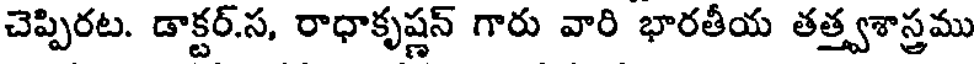
చెప్పిరట. డాక్టర్.స, రాధాకృష్ణన్ గారు వారి భారతీయ తత్త్వశాస్త్రము